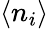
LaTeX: \left\langle n_{i}\right\rangle